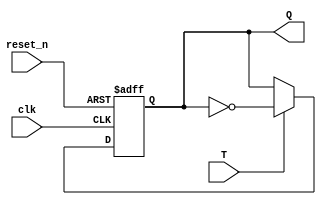
`timescale 1ns / 1ps
//////////////////////////////////////////////////////////////////////////////////
// Company: 
// Engineer: 
// 
// Design Name: 
// Module Name: T_FF
// Project Name: 
// Target Devices: 
// Tool Versions: 
// Description: 
// 
// Dependencies: 
// 
// Revision:
// Revision 0.01 - File Created
// Additional Comments:
// 
//////////////////////////////////////////////////////////////////////////////////


module T_FF(
    input clk,
    input T,
    input reset_n,
    output Q
    );

    reg Q_reg;
    wire Q_next;
    
    always @(posedge clk, negedge reset_n)
    begin
        if (~reset_n)
            Q_reg <= 1'b0;
        else
            Q_reg <= Q_next;
    end
    
    // Next State Logic
    assign Q_next = T ? ~Q_reg: Q_reg;
    
    // Output logic
    assign Q = Q_reg;
endmodule